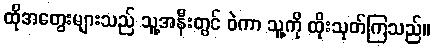
ထိုအတွေးများသည် သူ့အနီးတွင် ဝဲကာ သူ့ကို ထိုးသုတ်ကြသည်။